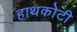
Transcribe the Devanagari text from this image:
हाथकोटी